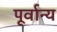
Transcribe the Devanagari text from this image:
पूर्वान्य